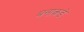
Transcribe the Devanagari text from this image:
बनाकडे